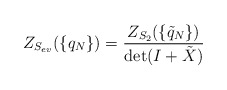
\begin{align*}Z_{S_{ev}}(\{q_N\})=\frac{Z_{S_2}(\{\tilde q_N\})}{\det(I+\tilde X)}\end{align*}